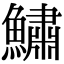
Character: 鱐